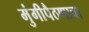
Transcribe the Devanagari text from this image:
मुंगीपैठणाचा